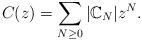
LaTeX: \begin{align*}C(z)=\sum_{N\ge 0} |\mathbb{C}_N|z^N.\end{align*}